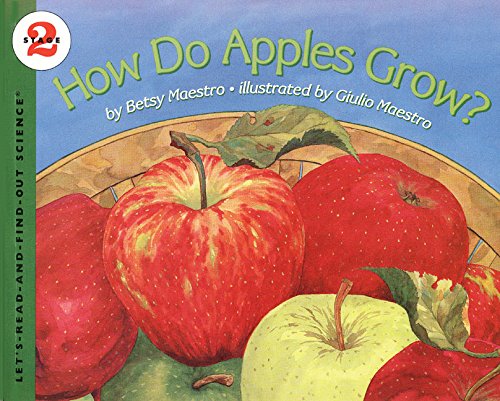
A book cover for How Do Apples Grow?; Betsy Maestro; Children's Books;